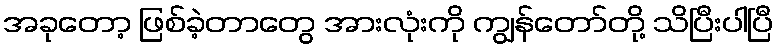
အခုတော့ ဖြစ်ခဲ့တာတွေ အားလုံးကို ကျွန်တော်တို့ သိပြီးပါပြီ